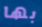
بها